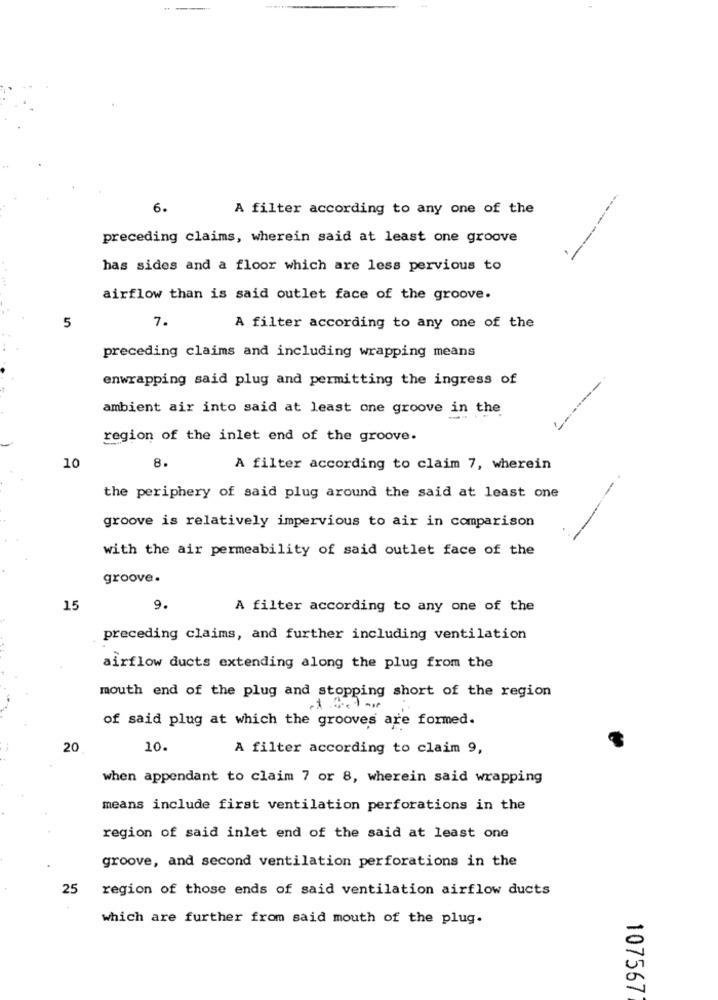
6.
A filter according to any one of the
preceding claims, wherein said at least one groove
has sides and a floor which are less pervious to
airflow than is said outlet face of the groove.
7.
5
A filter according to any one of the
preceding claims and including wrapping means
enwrapping said plug and permitting the ingress of
ambient air into said at least one groove in the
region of the inlet end of the groove.
10
8.
A filter according to claim 7, wherein
the periphery of said plug around the said at least one
groove is relatively impervious to air in comparison
with the air permeability of said outlet face of the
groove.
15
9.
A filter according to any one of the
preceding claims, and further including ventilation
airflow ducts extending along the plug from the
mouth end of the plug and stopping short of the region
of said plug at which the grooves are formed.
20
10.
A filter according to claim 9,
when appendant to claim 7 or 8, wherein said wrapping
means include first ventilation perforations in the
region of said inlet end of the said at least one
groove, and second ventilation perforations in the
25
region of those ends of said ventilation airflow ducts
which are further from said mouth of the plug.
107567